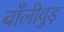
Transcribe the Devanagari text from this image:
बाँलीवुड़